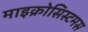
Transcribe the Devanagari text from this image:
माइक्रोसिस्टमस